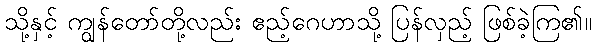
သို့နှင့် ကျွန်တော်တို့လည်း ဧည့်ဂေဟာသို့ ပြန်လှည့် ဖြစ်ခဲ့ကြ၏။